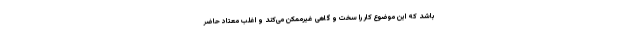
باشد که‌ این موضوع کار را سخت و گاهی غیرممکن می‌کند و اغلب معتاد حاضر